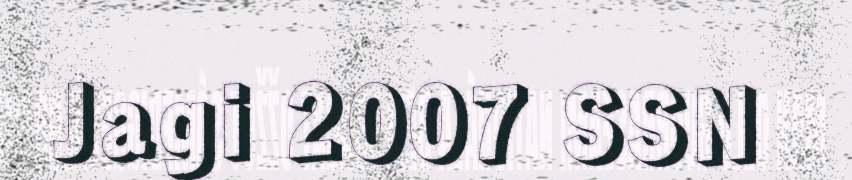
Jagi 2007 SSN